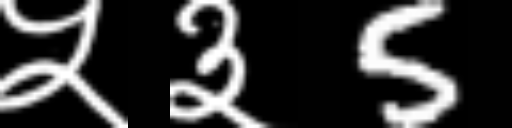
Text: ५३5